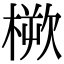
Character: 𣖬